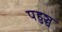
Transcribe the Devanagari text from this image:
पहुञ्च